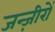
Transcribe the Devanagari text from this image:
जन्ज़ीरों